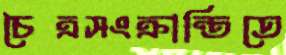
চৈত্রসংক্রান্তিতে